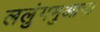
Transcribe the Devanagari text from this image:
ललुंगमुआना